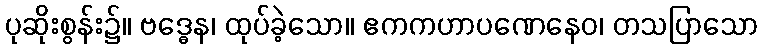
ပုဆိုးစွန်း၌။ ဗဒ္ဓေန၊ ထုပ်ခဲ့သော။ ဧကကဟာပဏေနေဝ၊ တသပြာသော